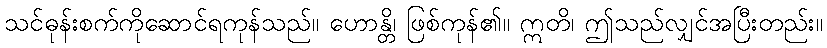
သင်ဓုန်းစက်ကိုဆောင်ရကုန်သည်။ ဟောန္တိ၊ ဖြစ်ကုန်၏။ ဣတိ၊ ဤသည်လျှင်အပြီးတည်း။